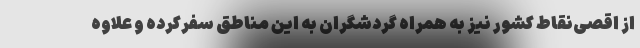
از اقصی‌نقاط کشور نیز به همراه گردشگران به این مناطق سفرکرده و علاوه